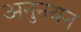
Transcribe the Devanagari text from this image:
अनुनयन